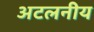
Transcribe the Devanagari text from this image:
अटलनीय